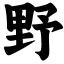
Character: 野